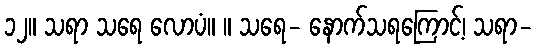
၁၂။ သရာ သရေ လောပံ။ ။ သရေ- နောက်သရကြောင့်၊ သရာ-